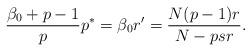
LaTeX: \begin{align*}\frac{\beta_0+p-1}{p}p^*=\beta_0 r'=\frac{N(p-1)r}{N-psr}.\end{align*}